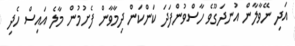
އަދި ނޭވާލާން އުނދަގޫވެ ހާސްވުންފަދަ ކަންކަން ދިމާވާން ފެށުމުން މާލެ އައިސް ހެދި